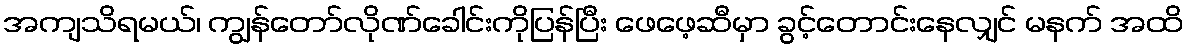
အကျသိရမယ်၊ ကျွန်တော်လိုဏ်ခေါင်းကိုပြန်ပြီး ဖေဖေ့ဆီမှာ ခွင့်တောင်းနေလျှင် မနက် အထိ